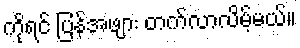
ကိုရင် ပြန်အဖျား တက်လာလိမ့်မယ်။